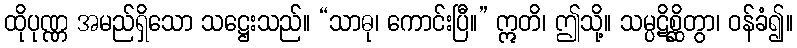
ထိုပုဏ္ဏ အမည်ရှိသော သဋ္ဌေးသည်။ “သာဓု၊ ကောင်းပြီ။” ဣတိ၊ ဤသို့။ သမ္ပဋိစ္ဆိတွာ၊ ဝန်ခံ၍။